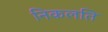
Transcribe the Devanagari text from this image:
निकलति